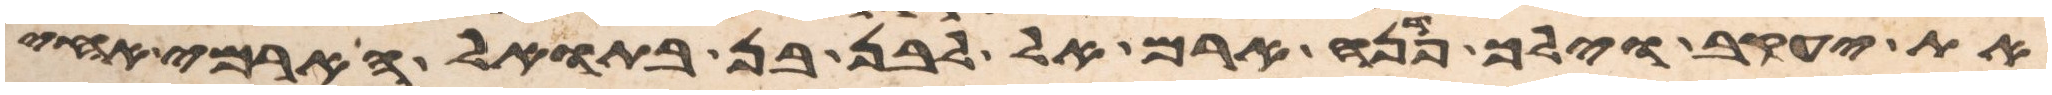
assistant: את יעקב וילך פדנה ארם אל לבן בן בתואל הארמי אחי